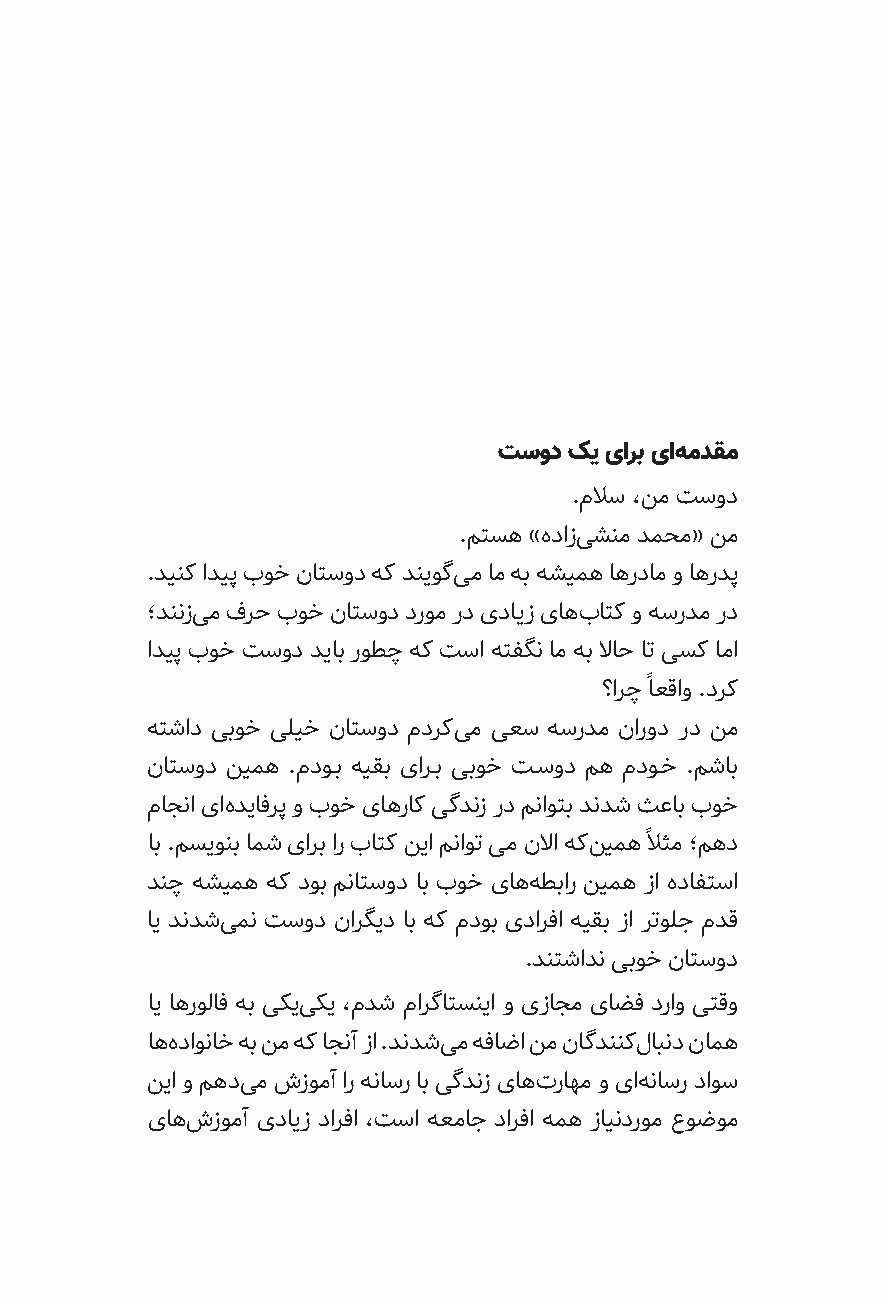
تسود کی یارب یاه مدقم
 .ملاس ،نم تسود
 .متسه »هدازی شنم دمحم« نم
 .دینک ادیپ بوخ ناتسود هک دنیوگی م ام هب هشیمه اهردام و اهردپ
 ؛دننزی م فرح بوخ ناتسود دروم رد یدایز یاهب اتک و هسردم رد
 ادیپ بوخ تسود دیاب روطچ هک تسا هتفگن ام هب لااح ات یسک اما
 ً
 ؟ارچ اعقاو .درک
 هتشاد یبوخ یلیخ ناتسود مدرکی م یعس هسردم نارود رد نم
 ناتسود نیمه .مدوــب هيقب یارــب یبوخ تــسود مه مدوــخ .مشاب
 ماجنا یاه دیافرپ و بوخ یاهراک یگدنز رد مناوتب دندش ثعاب بوخ
 اب .مسیونب امش یارب ار باتک نیا مناوت یم نلاا هکن یمه ًلاثم ؛مهد
 دنچ هشیمه هک دوب مناتسود اب بوخ یاهه طبار نیمه زا هدافتسا
 ای دندشی من تسود نارگید اب هک مدوب یدارفا هیقب زا رتولج مدق
 .دنتشادن یبوخ ناتسود
 ای اهرولاف هب یکیی کی ،مدش مارگاتسنیا و یزاجم یاضف دراو یتقو
 اهه داوناخ هب نم هک اجنآ زا .دندشی م هفاضا نم ناگدننکل ابند نامه
 نیا و مهدی م شزومآ ار هناسر اب یگدنز یاهت راهم و یاه ناسر داوس
 یاهش زومآ یدایز دارفا ،تسا هعماج دارفا همه زایندروم عوضوم